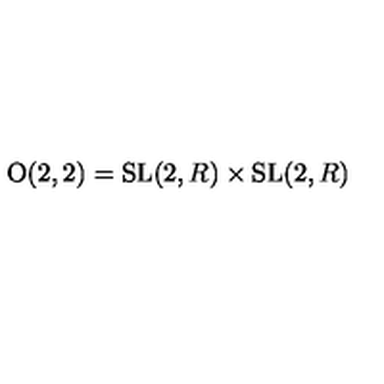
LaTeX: \mathrm { O } ( 2 , 2 ) = \mathrm { S L } ( 2 , R ) \times \mathrm { S L } ( 2 , R )